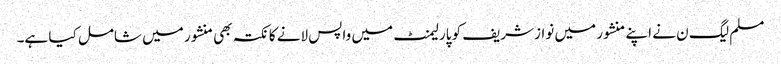
مسلم لیگ ن نے اپنے منشور میں نوازشریف کو پارلیمنٹ میں واپس لانے کا نکتہ بھی منشور میں شامل کیا ہے۔